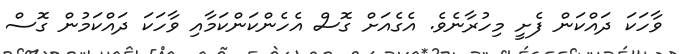
ވާހަކަ ދައްކަން ފެށީ މިހުރާނެވެ. އެގެއަށް ގޮސް އެހެންކަންކަމާއި ވާހަކަ ދައްކަމުން ގޮސް